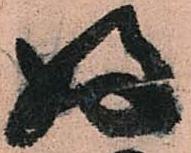
好